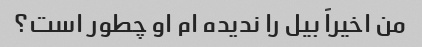
من اخیراً بیل را ندیده ام او چطور است؟